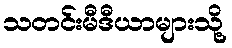
သတင်းမီဒီယာများသို့